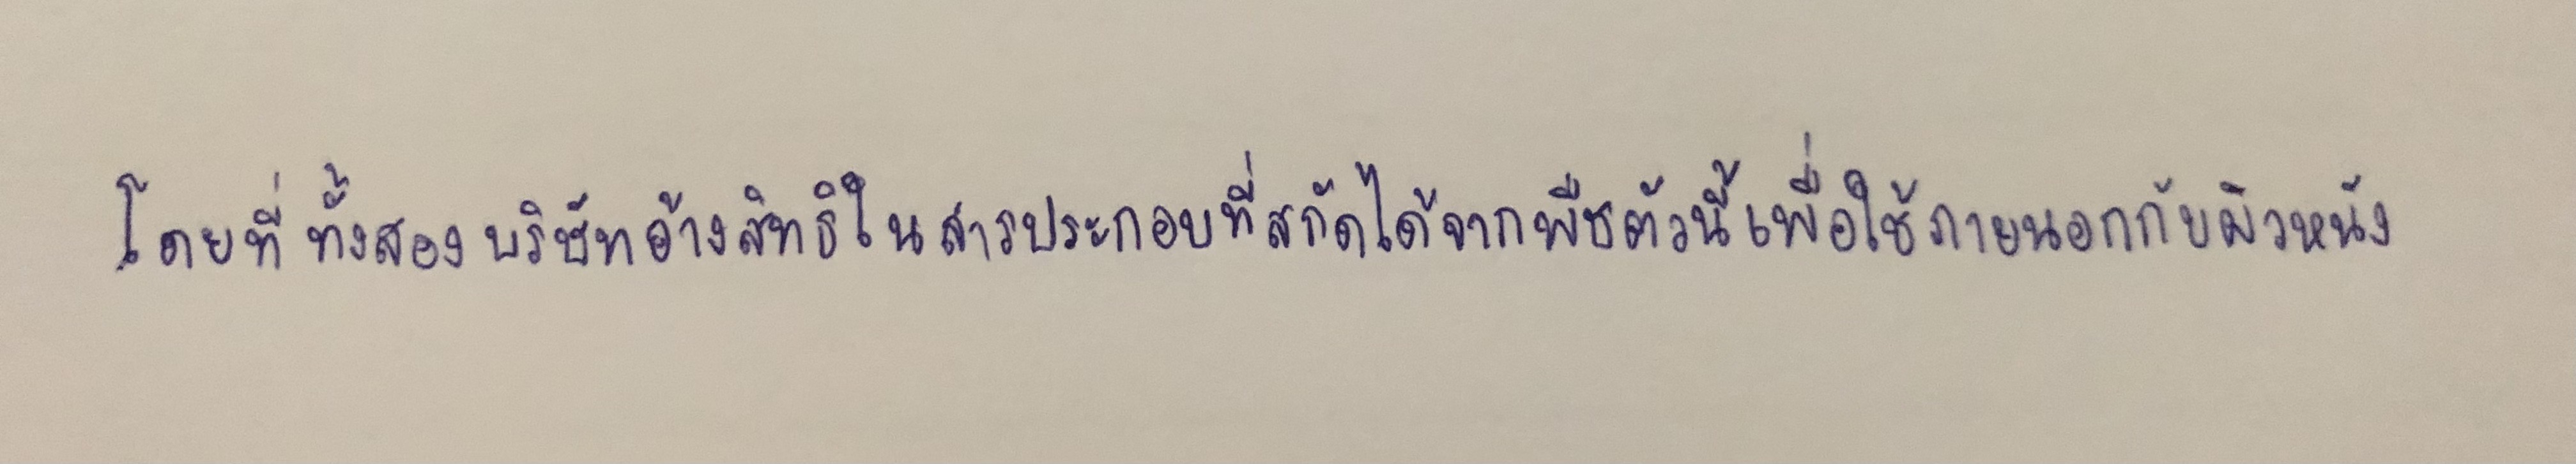
โดยที่ทั้งสองบริษัทอ้างสิทธิในสารประกอบที่สกัดได้จากพืชตัวนี้เพื่อใช้ภายนอกกับผิวหนัง